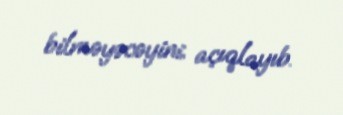
bilməyəcəyini açıqlayıb.